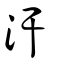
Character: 汗